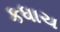
કધાચ